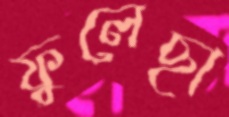
ফুলেছা